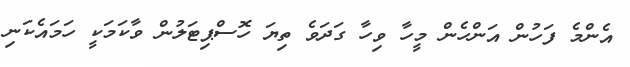
އެންމެ ފަހުން އަންހެން މީހާ ވިހާ ގަދަވެ ތިޔަ ހޮސްޕިޓަލުން ވާކަމަކީ ހަމައެކަނި